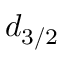
d _ { 3 / 2 }